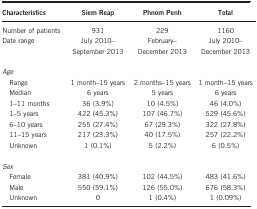
<table><thead><tr><td><b>Characteristics</b></td><td><b>Siem Reap</b></td><td><b>Phnom Penh</b></td><td><b>Total</b></td></tr></thead><tbody><tr><td>Number of patients</td><td>931</td><td>229</td><td>1160</td></tr><tr><td>Date range</td><td>July 2010–September 2013</td><td>February–December 2013</td><td>July 2010–December 2013</td></tr><tr><td colspan="4"> </td></tr><tr><td colspan="4"><i>Age</i></td></tr><tr><td> Range</td><td>1 month–15 years</td><td>2 months–15 years</td><td>1 month–15 years</td></tr><tr><td> Median</td><td>6 years</td><td>5 years</td><td>6 years</td></tr><tr><td> 1–11 months</td><td>36 (3.9%)</td><td>10 (4.5%)</td><td>46 (4.0%)</td></tr><tr><td> 1–5 years</td><td>422 (45.3%)</td><td>107 (46.7%)</td><td>529 (45.6%)</td></tr><tr><td> 6–10 years</td><td>255 (27.4%)</td><td>67 (29.3%)</td><td>322 (27.8%)</td></tr><tr><td> 11–15 years</td><td>217 (23.3%)</td><td>40 (17.5%)</td><td>257 (22.2%)</td></tr><tr><td> Unknown</td><td>1 (0.1%)</td><td>5 (2.2%)</td><td>6 (0.5%)</td></tr><tr><td colspan="4"> </td></tr><tr><td colspan="4"><i>Sex</i></td></tr><tr><td> Female</td><td>381 (40.9%)</td><td>102 (44.5%)</td><td>483 (41.6%)</td></tr><tr><td> Male</td><td>550 (59.1%)</td><td>126 (55.0%)</td><td>676 (58.3%)</td></tr><tr><td> Unknown</td><td>0</td><td>1 (0.4%)</td><td>1 (0.09%)</td></tr></tbody></table>